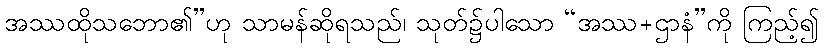
အဿထိုသဘော၏”ဟု သာမန်ဆိုရသည်၊ သုတ်၌ပါသော “အဿ+ဌာနံ”ကို ကြည့်၍